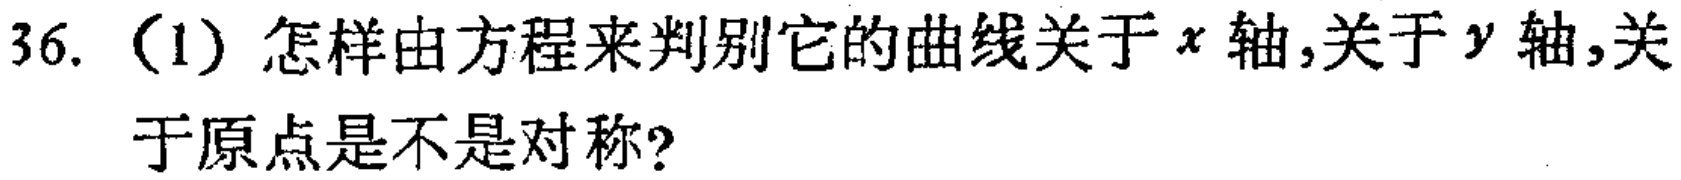
36. （1）怎样由方程来判别它的曲线关于\(x\)轴,关于\(y\)轴,关于原点是不是对称?